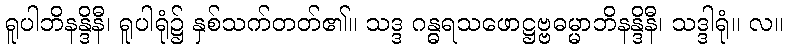
ရူပါဘိနန္ဒိနီ၊ ရူပါရုံ၌ နှစ်သက်တတ်၏။ သဒ္ဒ ဂန္ဓရသဖောဋ္ဌဗ္ဗဓမ္မာဘိနန္ဒိနီ၊ သဒ္ဒါရုံ။ လ။